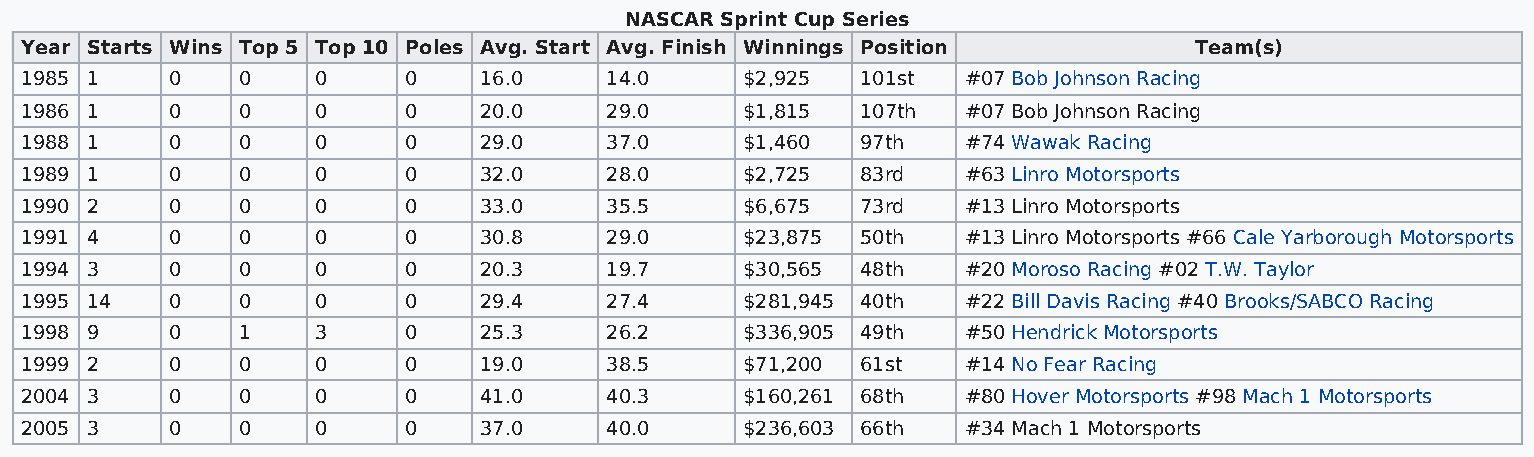
NASCAR Sprint Cup Series
 Year Starts Wins Top 5 Top 10 Poles Avg. Start Avg. Finish Winnings Position  Team(s)
 1985 1    0    0    0     0    16.0    14.0     $2,925  101st  #07 Bob Johnson Racing
 1986 1    0    0    0     0    20.0    29.0     $1,815  107th  #07 Bob Johnson Racing
 1988 1    0    0    0     0    29.0    37.0     $1,460  97th   #74 Wawak Racing
 1989 1    0    0    0     0    32.0    28.0     $2,725  83rd   #63 Linro Motorsports
 1990 2    0    0    0     0    33.0    35.5     $6,675  73rd   #13 Linro Motorsports
 1991 4    0    0    0     0    30.8    29.0     $23,875 50th   #13 Linro Motorsports #66 Cale Yarborough Motorsports
 1994 3    0    0    0     0    20.3    19.7     $30,565 48th   #20 Moroso Racing #02 T.W. Taylor
 1995 14   0    0    0     0    29.4    27.4     $281,945 40th  #22 Bill Davis Racing #40 Brooks/SABCO Racing
 1998 9    0    1    3     0    25.3    26.2     $336,905 49th  #50 Hendrick Motorsports
 1999 2    0    0    0     0    19.0    38.5     $71,200 61st   #14 No Fear Racing
 2004 3    0    0    0     0    41.0    40.3     $160,261 68th  #80 Hover Motorsports #98 Mach 1 Motorsports
 2005 3    0    0    0     0    37.0    40.0     $236,603 66th  #34 Mach 1 Motorsports